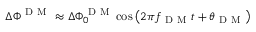
\Delta \Phi ^ { \mathrm { ~ D ~ M ~ } } \approx \Delta \Phi _ { 0 } ^ { \mathrm { ~ D ~ M ~ } } \cos \left( 2 \pi f _ { \mathrm { ~ D ~ M ~ } } t + \theta _ { \mathrm { ~ D ~ M ~ } } \right)